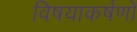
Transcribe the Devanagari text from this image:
विषयाकर्षणों